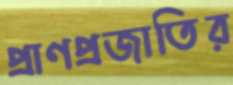
প্রাণপ্রজাতির